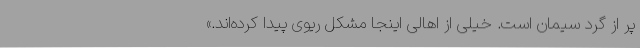
پر از گرد سیمان است. خیلی از اهالی اینجا مشکل ریوی پیدا کرده‌اند.»